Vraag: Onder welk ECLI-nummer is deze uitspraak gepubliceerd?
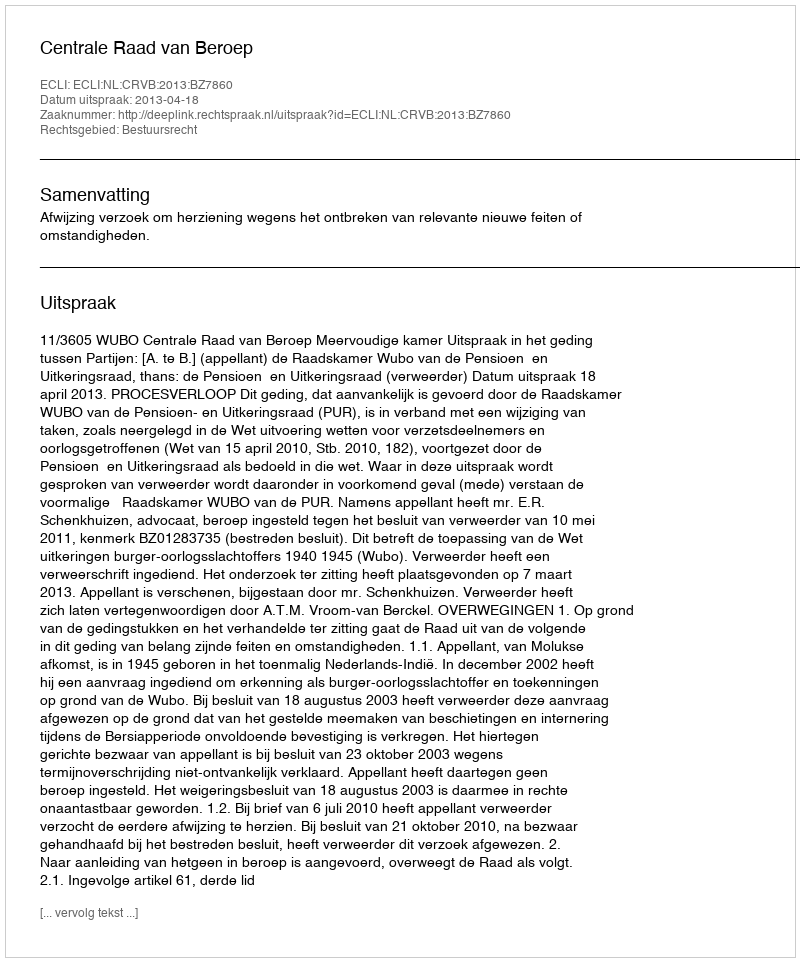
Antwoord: ECLI:NL:CRVB:2013:BZ7860